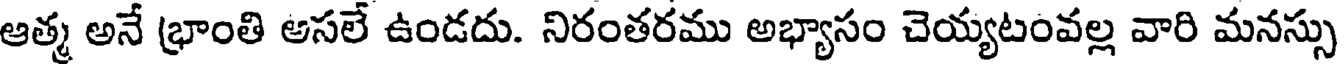
ఆత్మ అనే భ్రాంతి అసలే ఉండదు. నిరంతరము అభ్యాసం చెయ్యటంవల్ల వారి మనస్సు